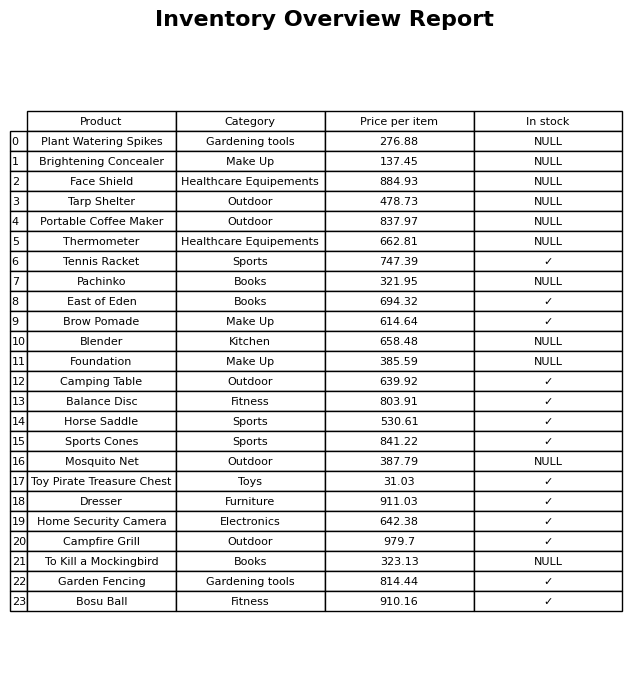
question: What is the price for Blender?
answer: The price of Blender is 658.48.